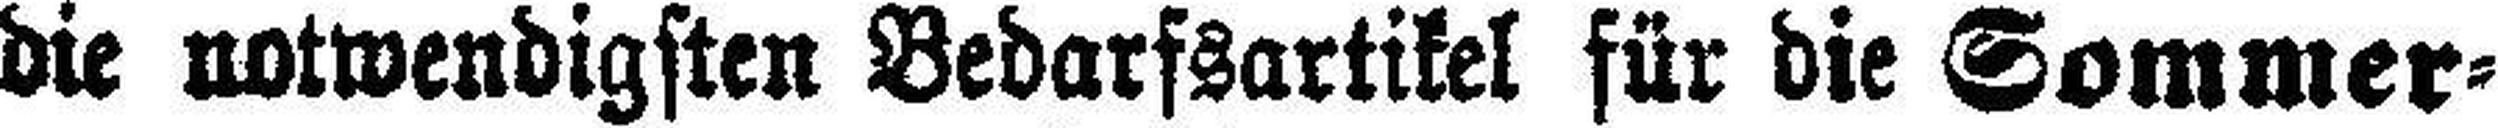
die notwendigsten Bedarfsartikel für die Sommer¬